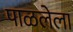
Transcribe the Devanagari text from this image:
पाळलेला